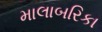
માલાબરિકા